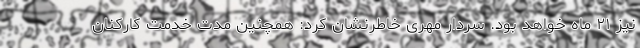
نیز ۲۱ ماه خواهد بود. سردار مهری خاطرنشان کرد: همچنین مدت خدمت کارکنان